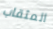
المثقاب